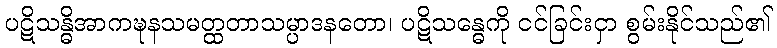
ပဋိသန္ဓိအာကဍ္ဎနသမတ္ထတာသမ္ပာဒနတော၊ ပဋိသန္ဓေကို ငင်ခြင်းငှာ စွမ်းနိုင်သည်၏